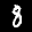
Label: 8